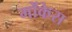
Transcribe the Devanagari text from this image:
मोंकेस